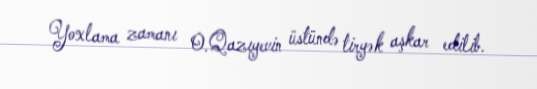
Yoxlama zamanı O.Qazıyevin üstündə tiryək aşkar edilib.